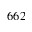
6 6 2